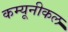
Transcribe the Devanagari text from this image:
कम्यूनीकल